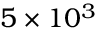
5 \times 1 0 ^ { 3 }